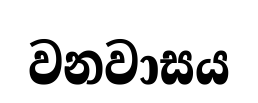
වනවාසය